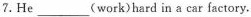
7. He___(work)hard in a car factory.